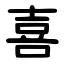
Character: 喜